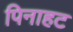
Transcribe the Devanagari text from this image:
पिनाहट